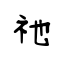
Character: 祂